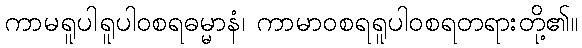
ကာမရူပါရူပါဝစရဓမ္မာနံ၊ ကာမာဝစရရူပါဝစရတရားတို့၏။